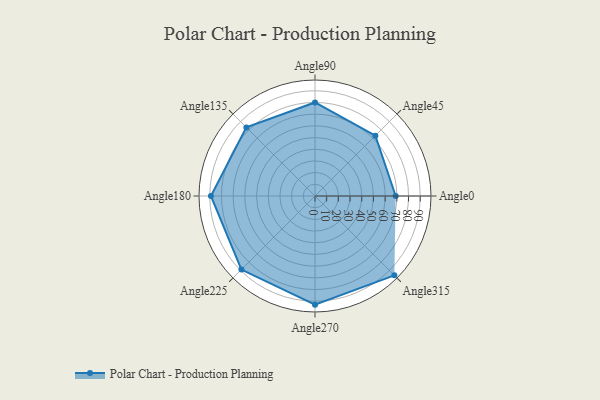
{"axis": {"x": "Angle", "y": "Radius"}, "legend": [""], "data": [{"x": "Angle0", "y": 69.0, "type": ""}, {"x": "Angle45", "y": 73.0, "type": ""}, {"x": "Angle90", "y": 80.0, "type": ""}, {"x": "Angle135", "y": 83.0, "type": ""}, {"x": "Angle180", "y": 89.0, "type": ""}, {"x": "Angle225", "y": 89.0, "type": ""}, {"x": "Angle270", "y": 93.0, "type": ""}, {"x": "Angle315", "y": 96.0, "type": ""}]}